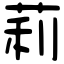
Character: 莉